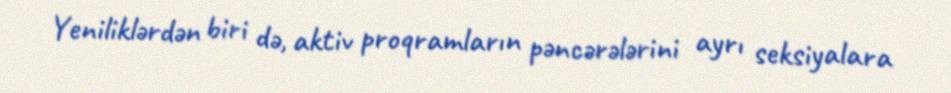
Yeniliklərdən biri də, aktiv proqramların pəncərələrini ayrı seksiyalara